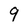
Character: 9